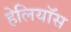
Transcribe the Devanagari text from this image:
हेलियॉस